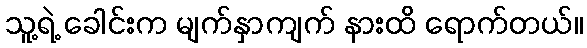
သူ့ရဲ့ ခေါင်းက မျက်နှာကျက် နားထိ ရောက်တယ်။